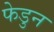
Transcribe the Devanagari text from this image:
फेडुन